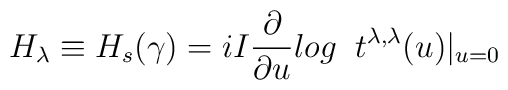
H_{\lambda} \equiv H_{s}(\gamma) =i I \frac{\partial}{\partial u} log \;\; t^{\lambda,\lambda}(u)|_{u=0}